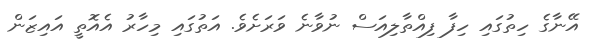
އޭނާގެ ހިތުގައި ހިފާ ފިއްތާލިއަސް ނުވާނެ ވަރަށެވެ. އަތުގައި މިހާރު އެއޮތީ އައިޒަން